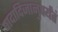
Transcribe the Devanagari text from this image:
पादादिजानुपर्यंतं